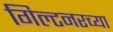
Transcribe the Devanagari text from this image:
गिल्टनरच्या